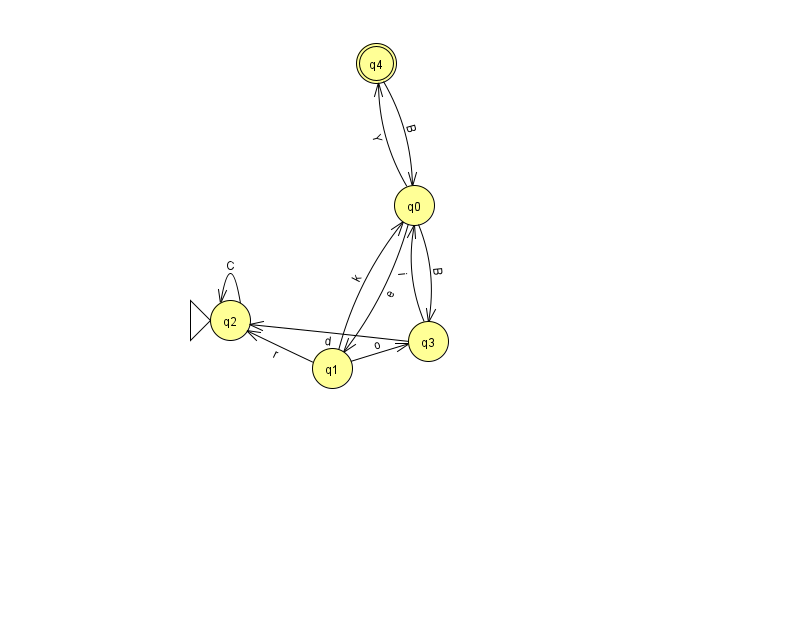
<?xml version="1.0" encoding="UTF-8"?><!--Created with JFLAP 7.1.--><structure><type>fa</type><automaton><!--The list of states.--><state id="0" name="q0"><x>414.0</x><y>192.0</y></state><state id="1" name="q1"><x>332.0</x><y>355.0</y></state><state id="2" name="q2"><x>230.0</x><y>307.0</y><initial/></state><state id="3" name="q3"><x>428.0</x><y>328.0</y></state><state id="4" name="q4"><x>376.0</x><y>50.0</y><final/></state><!--The list of transitions.--><transition><from>0</from><to>3</to><read>B</read></transition><transition><from>2</from><to>2</to><read>C</read></transition><transition><from>0</from><to>1</to><read>e</read></transition><transition><from>0</from><to>4</to><read>Y</read></transition><transition><from>1</from><to>0</to><read>k</read></transition><transition><from>3</from><to>0</to><read>i</read></transition><transition><from>3</from><to>2</to><read>d</read></transition><transition><from>1</from><to>3</to><read>o</read></transition><transition><from>4</from><to>0</to><read>B</read></transition><transition><from>1</from><to>2</to><read>r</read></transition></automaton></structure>